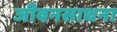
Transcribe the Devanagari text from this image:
जीवनसाधना